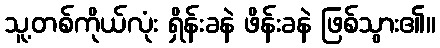
သူ့တစ်ကိုယ်လုံး ရှိန်းခနဲ ဖိန်းခနဲ ဖြစ်သွား၏။